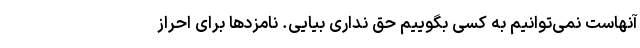
آنهاست نمی‌توانیم به کسی بگوییم حق نداری بیایی. نامزدها برای احراز